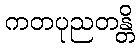
ကတပုညတန္တိ